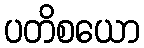
ပတိစယော